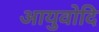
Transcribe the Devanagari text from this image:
आयुवोदि